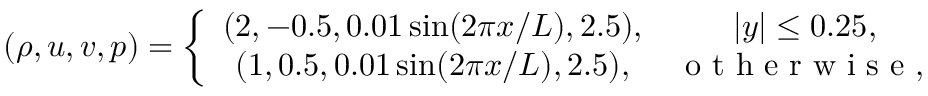
( \rho , u , v , p ) = \left\{ \begin{array} { c c } { ( 2 , - 0 . 5 , 0 . 0 1 \sin ( 2 \pi x / L ) , 2 . 5 ) , } & { | y | \leq 0 . 2 5 , } \\ { ( 1 , 0 . 5 , 0 . 0 1 \sin ( 2 \pi x / L ) , 2 . 5 ) , } & { \mathrm { ~ o ~ t ~ h ~ e ~ r ~ w ~ i ~ s ~ e ~ , ~ } } \end{array} \right.